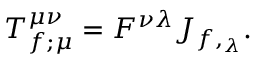
T _ { f ; \mu } ^ { \mu \nu } = F ^ { \nu \lambda } J _ { f , _ { \lambda } } .